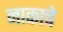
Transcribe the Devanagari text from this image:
नाकाचे